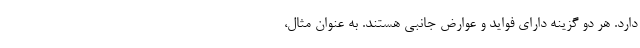
دارد. هر دو گزینه دارای فواید و عوارض جانبی هستند. به عنوان مثال،